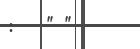
:   " "